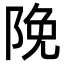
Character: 𮥊